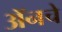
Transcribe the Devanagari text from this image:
अॅनचे